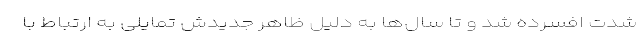
شدت افسرده شد و تا سال‌ها به دلیل ظاهر جدیدش تمایلی به ارتباط با